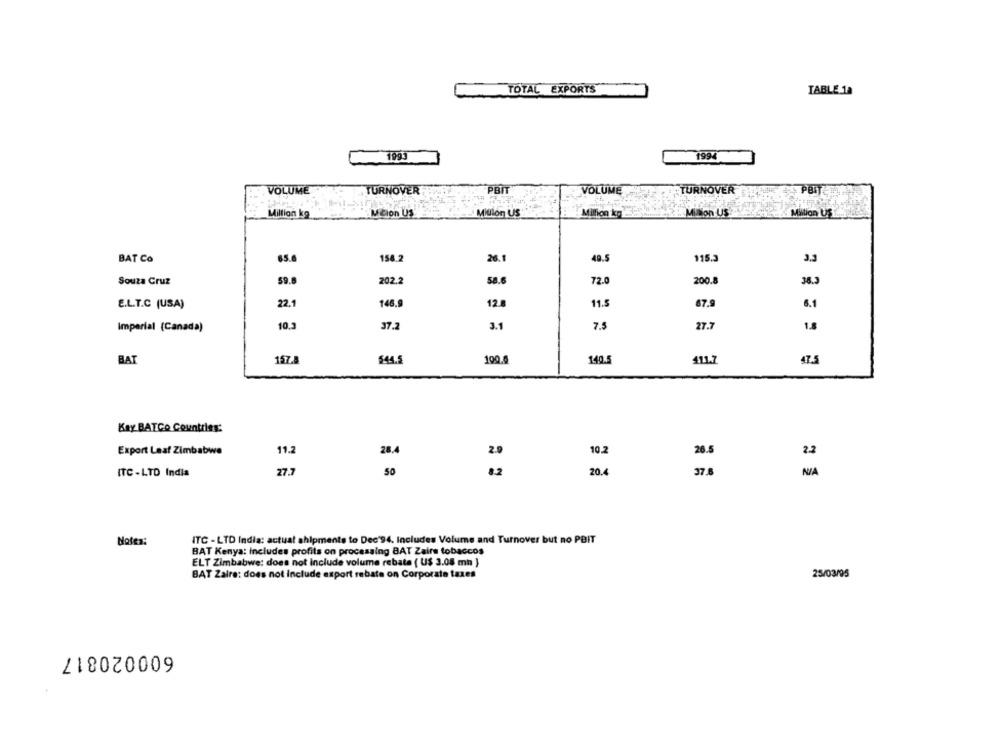
TOTAL EXPORTS
TABLE 18
1993
1994
VOLUME
TURNOVER
PBIT
VOLUME
TURNOVER
Million kg
Mition US
Mitlon US
Million kg
2. Million US
Million US
BAT Co
65.6
154.2
26.1
49.5
115.3
3.3
Souza Cruz
59.8
202.2
58.6
72.0
200.
38.
E.L.T.C (USA)
22.1
146.9
12.8
11.5
67.9
6.1
Imperial (Canada)
10.5
37.2
3.1
7.5
27.7
1.8
BAT
157.5
$44.5
100.0
140.5
411.7
47.5
Key BATCO Countries:
Export Leaf Zimbabwe
11.2
28.
2.0
10.2
26.
27.7
82
ITC -LTD India
50
20.4
Notes:
ITC - LTD India: actual shipments to Dec 94. Includes Volume and Turnover but no PBIT
BAT Kenya: Includes profits on processing BAT Zaire tobaccos
ELT Zimbabwe: does not include volume rebate ( U$ 3.08 mn }
BAT Zaira: does not Include e
sport rebate on Corporate taxes
25/03/95
600020817